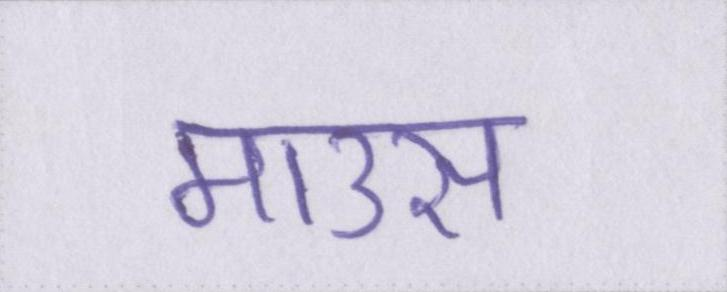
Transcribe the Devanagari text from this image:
माउस